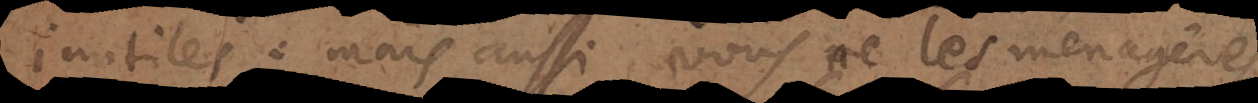
inutiles: mais aussi vous ne les menagerés